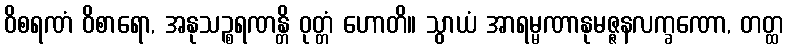
ဝိစရဏံ ဝိစာရော, အနုသဉ္စရဏန္တိ ဝုတ္တံ ဟောတိ။ သွာယံ အာရမ္မဏာနုမဇ္ဇနလက္ခဏော, တတ္ထ